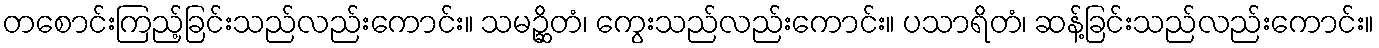
တစောင်းကြည့်ခြင်းသည်လည်းကောင်း။ သမဉ္ဆိတံ၊ ကွေးသည်လည်းကောင်း။ ပသာရိတံ၊ ဆန့်ခြင်းသည်လည်းကောင်း။